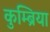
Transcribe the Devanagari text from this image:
कुम्ब्रिया